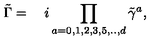
\tilde { \Gamma } = \quad i \prod _ { a = 0 , 1 , 2 , 3 , 5 , . . , d } \tilde { \gamma } ^ { a } ,